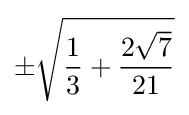
\pm {\sqrt {{\frac {1}{3}}+{\frac {2{\sqrt {7}}}{21}}}}